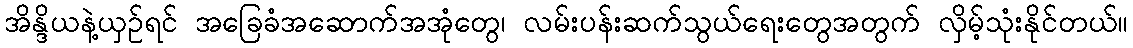
အိန္ဒိယနဲ့ယှဉ်ရင် အခြေခံအဆောက်အအုံတွေ၊ လမ်းပန်းဆက်သွယ်ရေးတွေအတွက် လှိမ့်သုံးနိုင်တယ်။